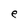
Character: e